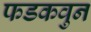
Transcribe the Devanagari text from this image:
फडकवुन